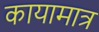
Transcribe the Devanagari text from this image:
कायामात्र